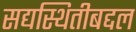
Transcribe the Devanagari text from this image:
सद्यस्थितीबद्दल